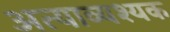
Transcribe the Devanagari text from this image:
अत्याव्यश्यक